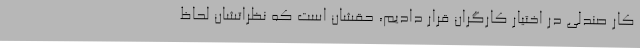
کار صندلی در اختیار کارگران قرار دادیم، حقشان است که نظراتشان لحاظ